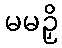
မမဉှိ